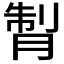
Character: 𦜗